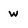
Character: w